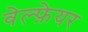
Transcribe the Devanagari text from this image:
वेल्फ़ेयर